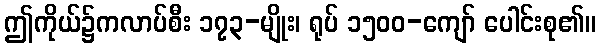
ဤကိုယ်၌ကလာပ်စီး ၁၇၃-မျိုး၊ ရုပ် ၁၅၀၀-ကျော် ပေါင်းစု၏။